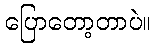
ပြောတော့တာပဲ။